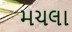
મચલા